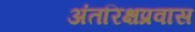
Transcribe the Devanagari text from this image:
अंतरिक्षप्रवास